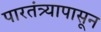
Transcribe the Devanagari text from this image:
पारतंत्र्यापासून